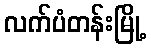
လက်ပံတန်းမြို့